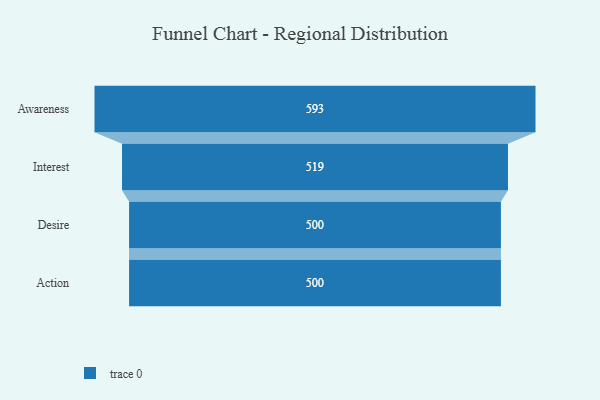
{"axis": {"x": "Stage", "y": "Value"}, "legend": [""], "data": [{"x": "Awareness", "y": 593.0, "type": ""}, {"x": "Interest", "y": 519.0, "type": ""}, {"x": "Desire", "y": 500, "type": ""}, {"x": "Action", "y": 500, "type": ""}]}